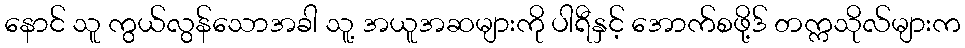
နောင် သူ ကွယ်လွန်သောအခါ သူ့ အယူအဆများကို ပါရီနှင့် အောက်စဖို့ဒ် တက္ကသိုလ်များက